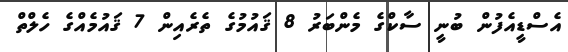
އެސްޑީއެފުން ބުނީ ސާކްގެ މެންބަރު 8 ޤައުމުގެ ތެރެއިން 7 ޤައުމެއްގެ ހެލްތް